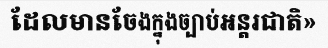
ដែលមានចែងក្នុងច្បាប់អន្តរជាតិ»